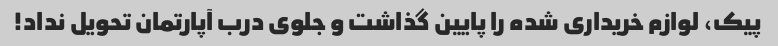
پیک، لوازم خریداری شده را پایین گذاشت و جلوی درب آپارتمان تحویل نداد!